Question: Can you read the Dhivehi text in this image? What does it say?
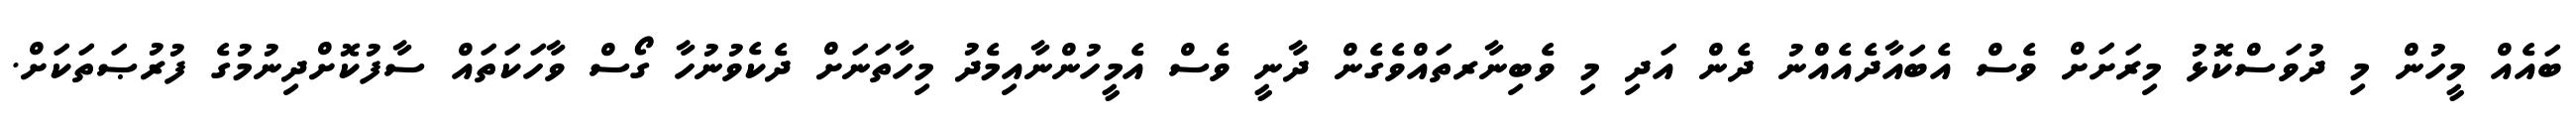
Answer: ބައެއް މީހުން މި ދުވަސްކޮޅު މިރަށަށް ވެސް އެބައާދެއެއްނު ދެން އަދި މި ވެބިނާރތައްވެގެން ދާނީ ވެސް އެމީހުންނާއިމެދު މިހާތަނަށް ދެކެވުނުހާ ގޯސް ވާހަކަތައް ސާފުކޮށްދިނުމުގެ ފުރުޞަތަކަށް.